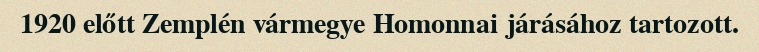
1920 előtt Zemplén vármegye Homonnai járásához tartozott.